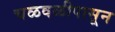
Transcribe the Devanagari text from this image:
चळवळीपासून